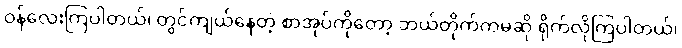
ဝန်လေးကြပါတယ်၊ တွင်ကျယ်နေတဲ့ စာအုပ်ကိုတော့ ဘယ်တိုက်ကမဆို ရိုက်လိုကြပါတယ်၊